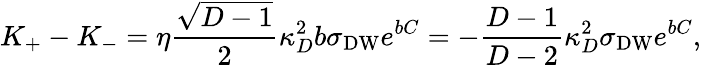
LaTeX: K_{+}-K_{-}=\eta{\frac{\sqrt{D-1}}{2}}\kappa_{D}^{2}b\sigma_{\mathrm{DW}}e^{bC}=-{\frac{D-1}{D-2}}\kappa_{D}^{2}\sigma_{\mathrm{DW}}e^{bC},